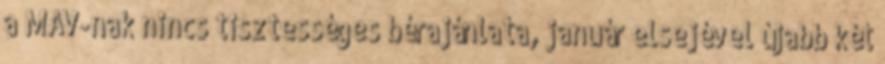
a MÁV-nak nincs tisztességes bérajánlata, január elsejével újabb két